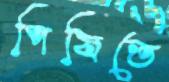
পিষিতে